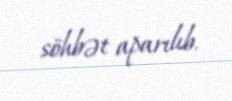
söhbət aparılıb.